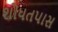
શોધતપાસ